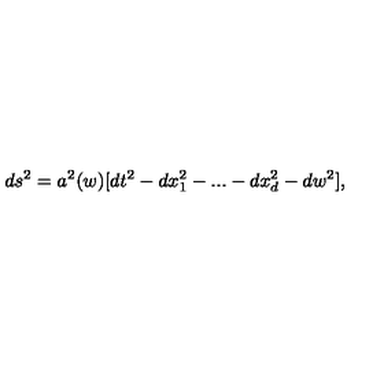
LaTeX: d s ^ { 2 } = a ^ { 2 } ( w ) [ d t ^ { 2 } - d x _ { 1 } ^ { 2 } - . . . - d x _ { d } ^ { 2 } - d w ^ { 2 } ] ,